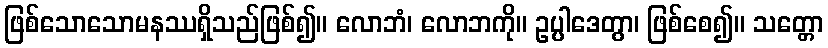
ဖြစ်သောသောမနဿရှိသည်ဖြစ်၍။ လောဘံ၊ လောဘကို။ ဥပ္ပါဒေတွာ၊ ဖြစ်စေ၍။ သတ္တော